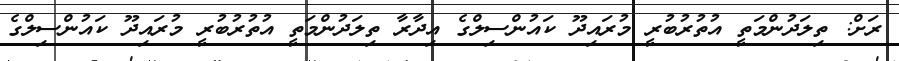
ރަށް: ތިލަދުންމަތީ އުތުރުބުރީ މުރައިދޫ ކައުންސިލްގެ އިދާރާ ތިލަދުންމަތީ އުތުރުބުރީ މުރައިދޫ ކައުންސިލްގެ